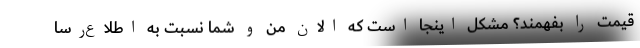
قیمت را بفهمند؟ مشکل اینجا است که الان من و شما نسبت به اطلاع‌رسا